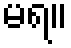
မရ။